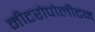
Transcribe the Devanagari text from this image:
मीटरोपोलीटन